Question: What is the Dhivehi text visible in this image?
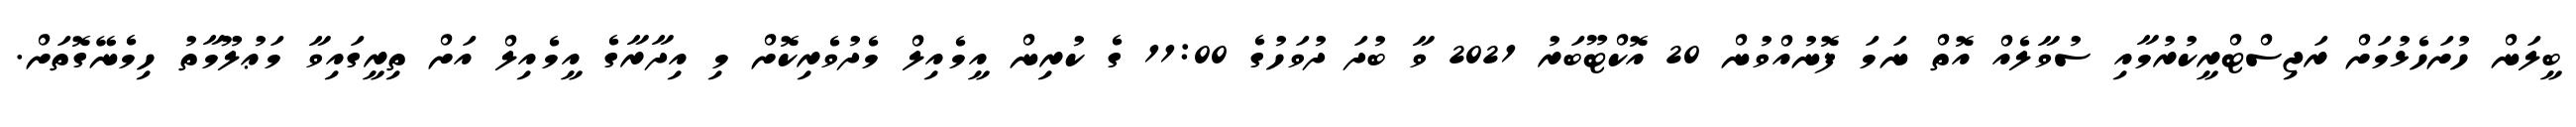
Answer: ބީލަން ހުށަހެޅުމަށް ރަޖިސްޓްރީކުރުމާއި ސުވާލެއް އޮތް ނަމަ ފޮނުއްވުން 20 އޮކްޓޫބަރު 2021 ވާ ބުދަ ދުވަހުގެ 11:00 ގެ ކުރިން އީމެއިލް މެދުވެރިކޮށް މި އިދާރާގެ އީމެއިލް އަށް ތިރީގައިވާ މަޢުލޫމާތު ހިމެނޭގޮތަށް.